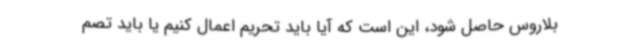
بلاروس حاصل شود، این است که آیا باید تحریم اعمال کنیم یا باید تصم